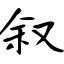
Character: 叙